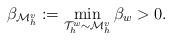
LaTeX: \begin{align*} \beta_{\mathcal{M}_h^v} := \min_{\mathcal{T}_h^w \sim \mathcal{M}_h^v} \beta_w > 0. \end{align*}